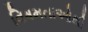
વિષમતાઓથી